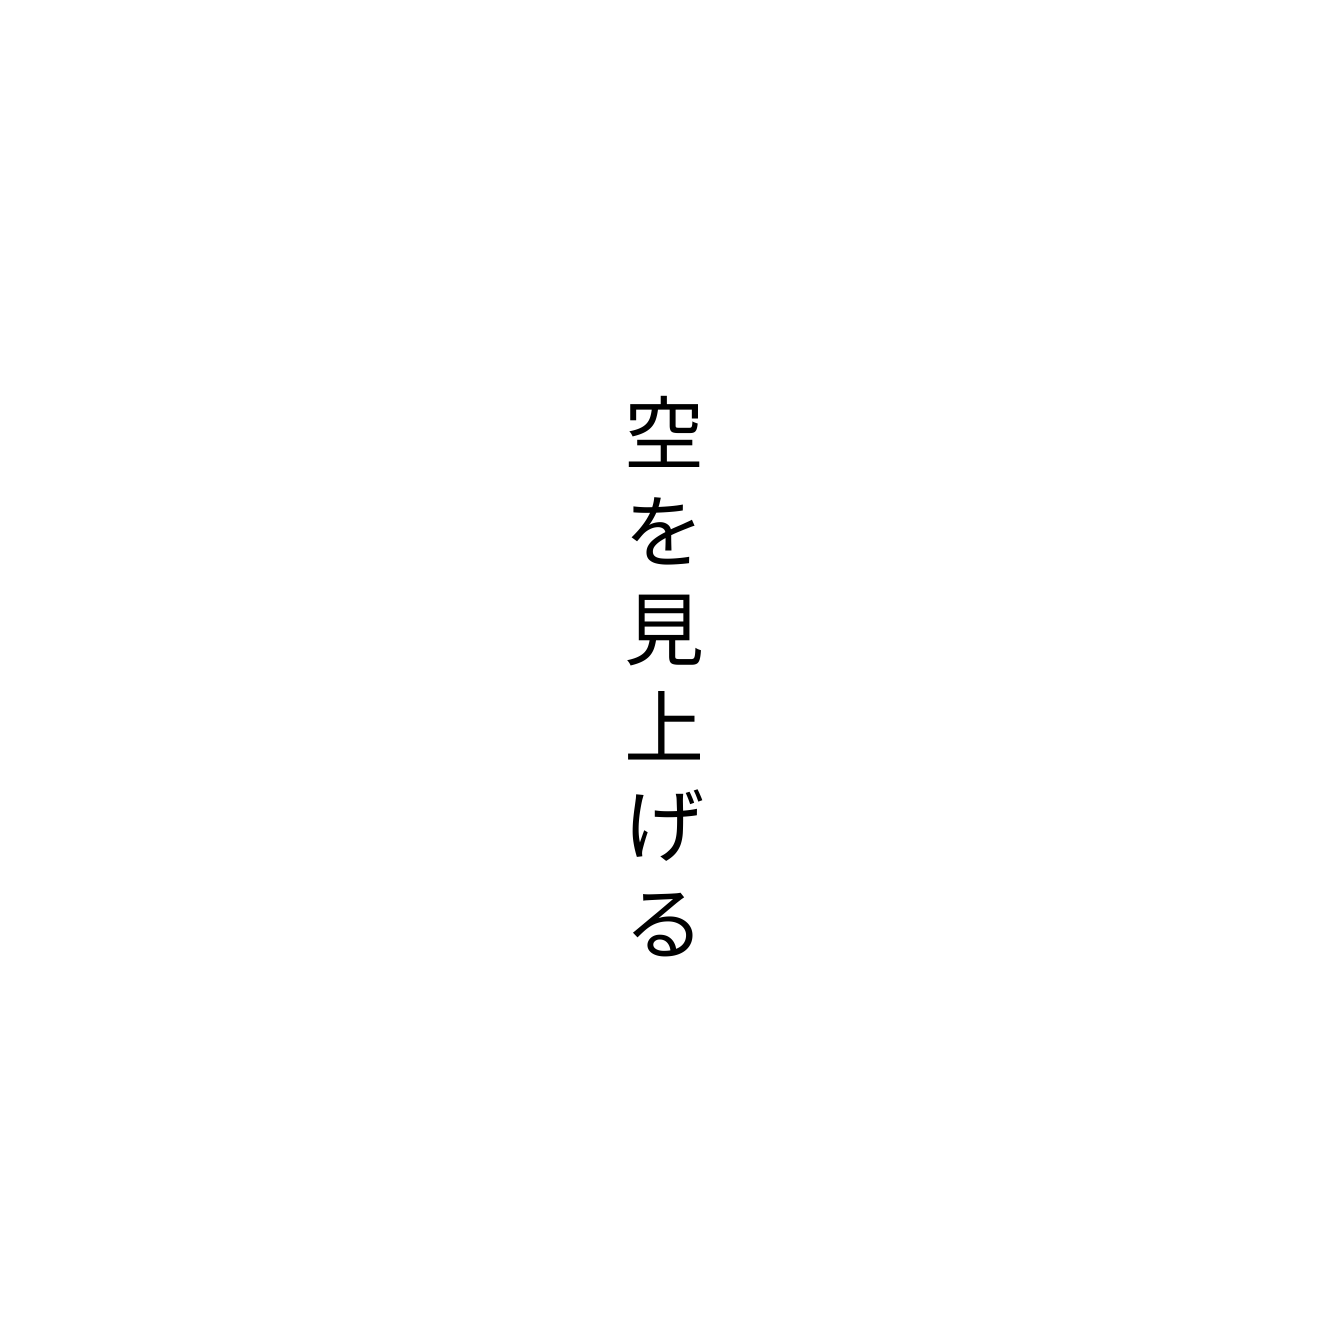
空を見上げる